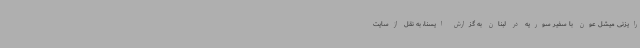
رایزنی میشل عون با سفیر سوریه در لبنان به گزارش ایسنا، به نقل ازسایت